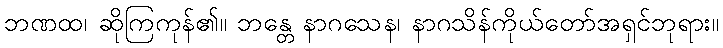
ဘဏထ၊ ဆိုကြကုန်၏။ ဘန္တေ နာဂသေန၊ နာဂသိန်ကိုယ်တော်အရှင်ဘုရား။